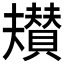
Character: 𮚡